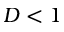
D < 1